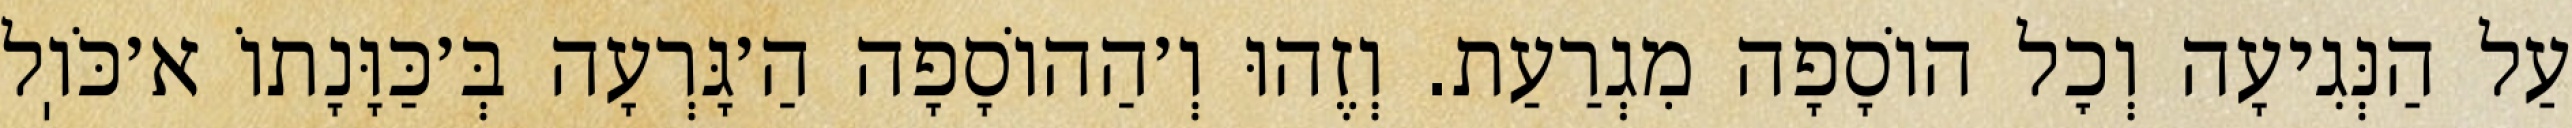
עַל הַנְּגִיעָה וְכׇל הוֹסָפָה מִגְרַעַת. וְזֶהוּ וְ׳הַהוֹסָפָה הַ׳גָּרְעָה בְּ׳כַּוָּנָתוֹ א׳כֹּוֽל